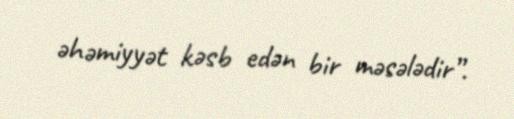
əhəmiyyət kəsb edən bir məsələdir”.